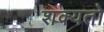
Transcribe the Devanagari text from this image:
शक्‍यतो